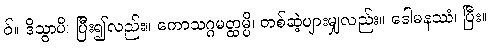
ဝ်။ ဒိသွာပိ၊ ပြီး၍လည်း။ ကောသဂ္ဂမတ္ထမ္ပိ၊ တစ်ဆဲ့ပျားမျှလည်း။ ဒေါမနဿံ၊ ပြီး။